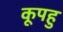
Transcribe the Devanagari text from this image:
कूपहु